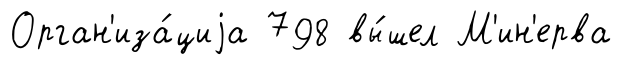
Орган'иза́циjа 798 вы́шел М'ин'ерва